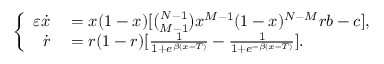
\left\{ \begin{array} { r l } { \varepsilon \dot { x } } & { { } = x ( 1 - x ) [ \binom { N - 1 } { M - 1 } x ^ { M - 1 } ( 1 - x ) ^ { N - M } r b - c ] , } \\ { \dot { r } } & { { } = r ( 1 - r ) [ \frac { 1 } { 1 + e ^ { \beta ( x - T ) } } - \frac { 1 } { 1 + e ^ { - \beta ( x - T ) } } ] . } \end{array} \right.